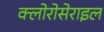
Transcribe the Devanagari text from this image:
क्लोरोसेराइल